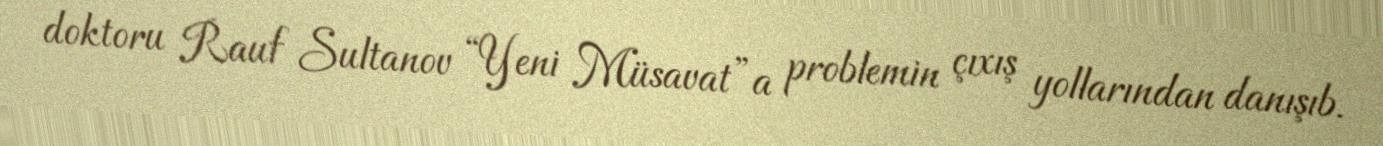
doktoru Rauf Sultanov “Yeni Müsavat”a problemin çıxış yollarından danışıb.